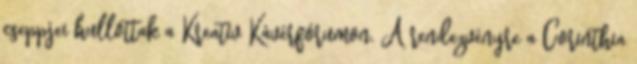
cseppjei hullottak a Kreatív Kávérfórumon. A rendezvényre a Corinthia